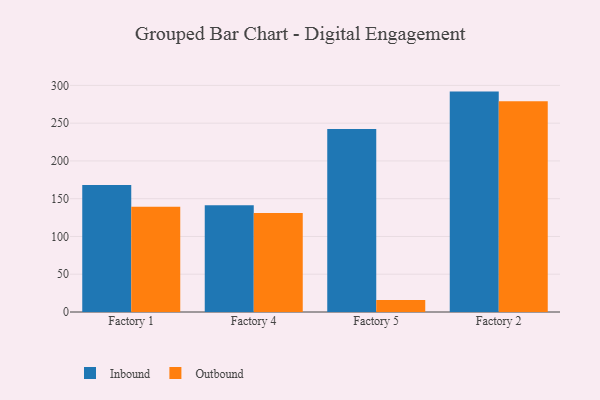
{"axis": {"x": "Factory", "y": "Headcount"}, "legend": ["Inbound", "Outbound"], "data": [{"x": "Factory 1", "y": 168.1, "type": "Inbound"}, {"x": "Factory 1", "y": 139.5, "type": "Outbound"}, {"x": "Factory 4", "y": 141.4, "type": "Inbound"}, {"x": "Factory 4", "y": 131.2, "type": "Outbound"}, {"x": "Factory 5", "y": 242.4, "type": "Inbound"}, {"x": "Factory 5", "y": 15.9, "type": "Outbound"}, {"x": "Factory 2", "y": 291.8, "type": "Inbound"}, {"x": "Factory 2", "y": 279.1, "type": "Outbound"}]}